Vaccine operations Central Provinces 1868-1885 - 1868-1885
Year: 1868
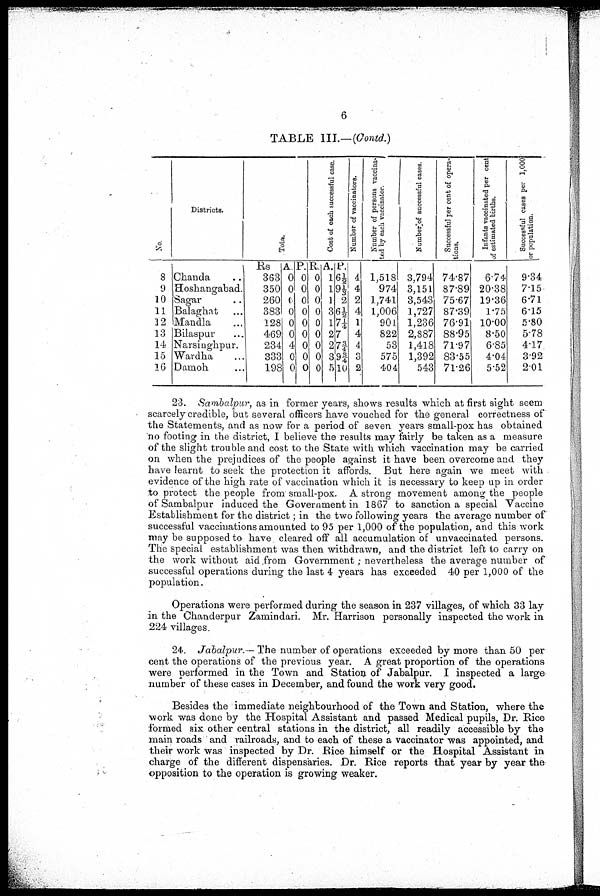
6
TABLE III.—(Contd.)
No
8
9
10
11
12
13
14
15
10
Districts.
Chanda ...
Hoshangabad.
Sagar ...
Balaghat ...
Mandla ...
Bilaspur ...
Narsinghpur.
Wardha ...
Damoh ...
Total.
Rs
363
350
260
383
128
469
234
333
198
A
0
0
0
0
0
0
4
0
0
P.
0
0
0
0
0
0
0
0
0
Cost of each successful case.
R.
0
0
0
0
0
0
0
0
0
A.
1
1
1
3
1
2
2
3
5
P.
6½
9 1/3
2
6½
7 ¼
7
7 ¾
9 ¾
10
Number of vaccinators.
4
4
2
4
1
4
4
3
2
Number of persons vaccina¬
ted by each vaccinator.
1,518
974
1,741
1,006
901
822
53
575
404
Number of successful cases
3,794
3,151
3,543
1,727
1,236
2,887
1,418
1,392
543
Successful per cent of opera-
tions.
74.87
87.89
75.67
87.39
76.91
88.95
71.97
83.55
71.26
Infants vaccinated per cent
of estimated births.
6.74
20.38
10.36
1.75
10.00
8.50
6.85
4.04
5.52
Successful cases per 1,000
or population.
9.34
7.15
6.71
6.15
5.80
5.78
4.17
3.92
2. 01
23. Sambalpur, as in former years, shows results which at first sight seem
scarcely credible, but several officers have vouched for the general correctness of
the Statements, and as now for a period of seven years small-pox has obtained
no footing in the district, I believe the results may fairly be taken as a measure
of the slight trouble and cost to the State with which vaccination may be carried
on when the prejudices of the people against it have been overcome and they
have learnt to seek the protection it affords. But here again we meet with
evidence of the high rate of vaccination which it is necessary to keep up in order
to protect the people from small-pox. A strong movement among the people
of Sambalpur induced the Government in 1867 to sanction a special Vaccine
Establishment for the district; in the two following years the average number of
successful vaccinations amounted to 95 per 1,000 of the population, and this work
may be supposed to have cleared off all accumulation of unvaccinated persons.
The special establishment was then withdrawn, and the district left to carry on
the work without aid from Government; nevertheless the average number of
successful operations during the last 4 years has exceeded 40 per 1,000 of the
population.
Operations were performed during the season in 237 villages, of which 33 lay
in the Chanderpur Zamindari. Mr. Harrison personally inspected the work in
224 villages.
24. Jabalpur. - The number of operations exceeded by more than 50 per
cent the operations of the previous year. A great proportion of the operations
were performed in the Town and Station of Jabalpur. I inspected a large
number of these cases in December, and found the work very good.
Besides the immediate neighbourhood of the Town and Station, where the
work was done by the Hospital Assistant and passed Medical pupils, Dr. Rice
formed six other central stations in the district, all readily accessible by the
main roads and railroads, and to each of these a vaccinator was appointed, and
their work was inspected by Dr. Rice himself or the Hospital Assistant in
charge of the different dispensaries. Dr. Rice reports that year by year the
opposition to the operation is growing weaker.